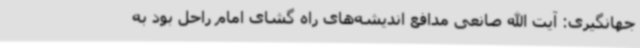
جهانگیری: آیت الله صانعی مدافع اندیشه‌های راه گشای امام راحل بود به